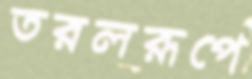
তরলরূপে